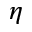
\eta